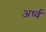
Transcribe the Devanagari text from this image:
अर्ध्व